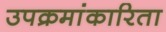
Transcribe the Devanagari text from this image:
उपक्रमांकारिता